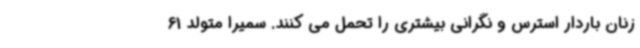
زنان باردار استرس و نگرانی بیشتری را تحمل می کنند. سمیرا متولد 61